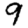
Digit: 9